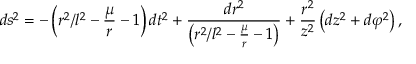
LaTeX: d s ^ { 2 } = - \left( r ^ { 2 } / l ^ { 2 } - \frac { \mu } { r } - 1 \right) d t ^ { 2 } + \frac { d r ^ { 2 } } { \left( r ^ { 2 } / l ^ { 2 } - \frac { \mu } { r } - 1 \right) } + \frac { r ^ { 2 } } { z ^ { 2 } } \left( d z ^ { 2 } + d \varphi ^ { 2 } \right) ,